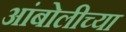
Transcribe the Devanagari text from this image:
आंबोलीच्या